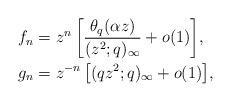
LaTeX: \begin{align*} f_{n}&=z^{n}\left[\frac{\theta_{q}(\alpha z)}{(z^{2};q)_{\infty}}+o(1)\right]\!,\\ g_{n}&=z^{-n}\left[(qz^{2};q)_{\infty}+o(1)\right]\!, \end{align*}